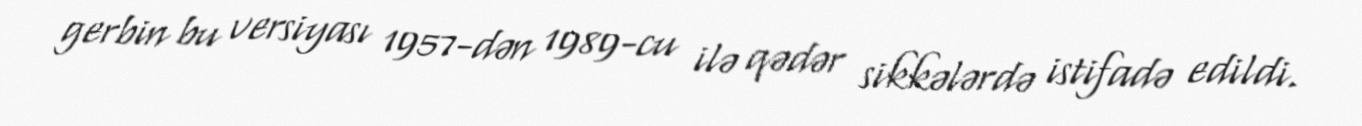
gerbin bu versiyası 1957-dən 1989-cu ilə qədər sikkələrdə istifadə edildi.